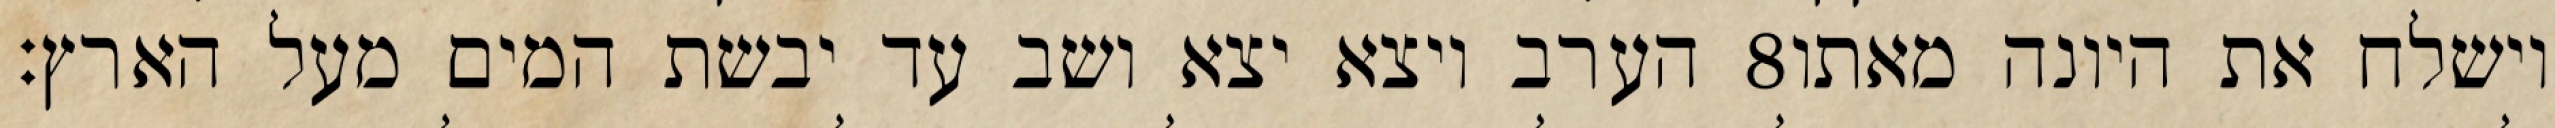
הערב ויצא יצא ושב עד יבשת המים מעל הארץ׃ ‎8‏ וישלח את היונה מאתו